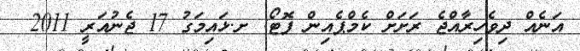
އަނެއް ދިވެހިރާއްޖެ ރަށަށް ކެމްޕެއިން ފޮޓޯ: ށ.ޅައިމަގު 17 ޖެނުއަރީ 2011